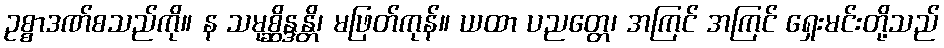
ဥစ္စာဒဏ်စသည်ကို။ န သမုစ္ဆိန္ဒန္တိ၊ မဖြတ်ကုန်။ ယထာ ပညတ္တေ၊ အကြင် အကြင် ရှေးမင်းတို့သည်